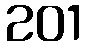
201